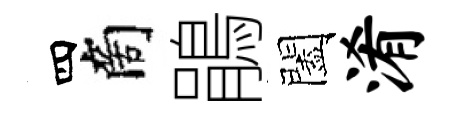
四商鵑闔淆